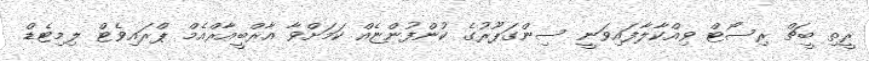
ރީތި ބީޗް ރިސޯޓް ވިއްކާލާފައިވަނީ ސިންގަޕޫރުގެ ކުންފުންޏެއް ކަމަށްވާ އާރްބީއާރްއެމް ޕްރައިވެޓް ލިމިޓެޑް